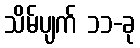
သိမ်ပျက် ၁၁-ခု